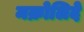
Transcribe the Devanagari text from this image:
मक्रोलिदे